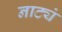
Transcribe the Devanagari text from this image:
नाट्यं